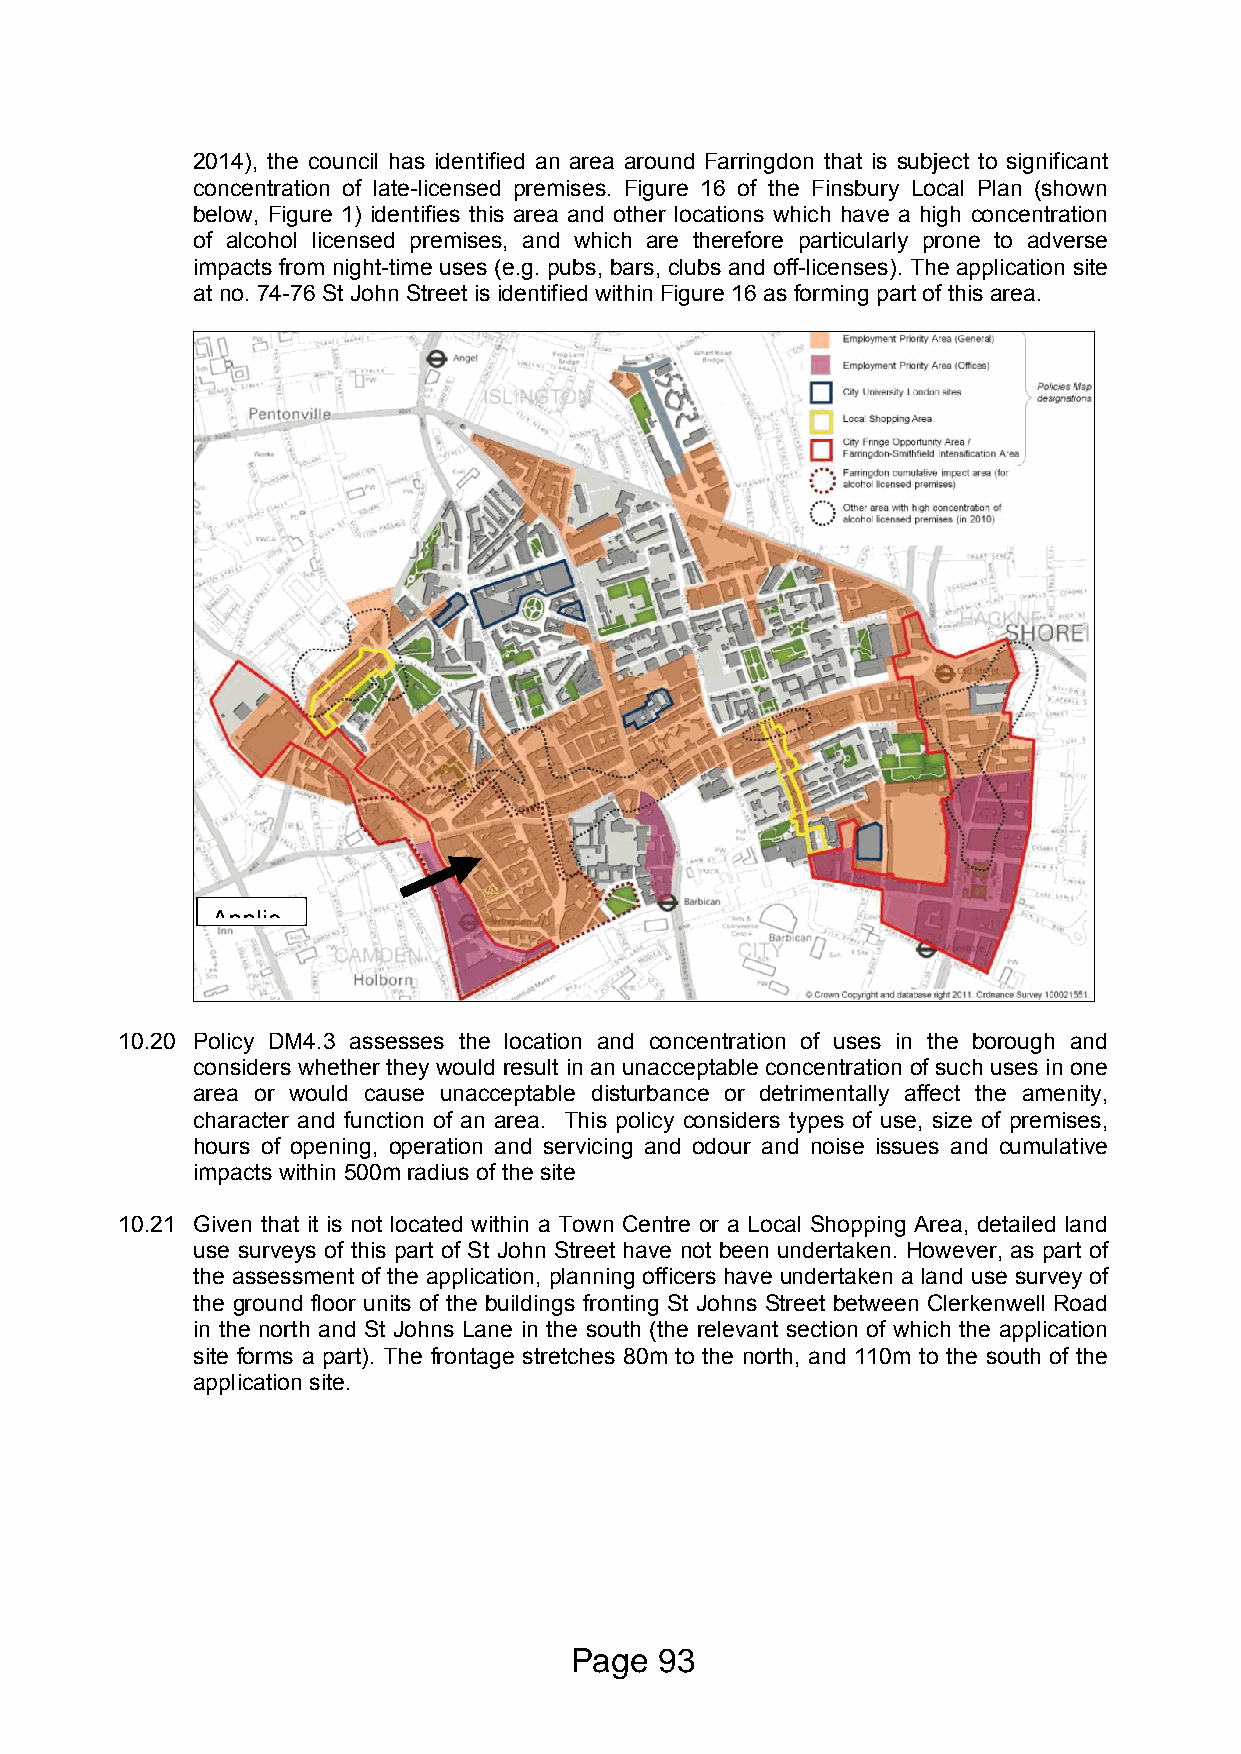
2014), the council has identified an area around Farringdon that is subject to significant
 concentration of late-licensed premises. Figure 16 of the Finsbury Local Plan (shown
 below, Figure 1) identifies this area and other locations which have a high concentration
 of alcohol licensed premises, and which are therefore particularly prone to adverse
 impacts from night-time uses (e.g. pubs, bars, clubs and off-licenses). The application site
 at no. 74-76 St John Street is identified within Figure 16 as forming part of this area.
 Applic
 ation
 site
 10.20 Policy DM4.3 assesses the location and concentration of uses in the borough and
 considers whether they would result in an unacceptable concentration of such uses in one
 area or would cause unacceptable disturbance or detrimentally affect the amenity,
 character and function of an area. This policy considers types of use, size of premises,
 hours of opening, operation and servicing and odour and noise issues and cumulative
 impacts within 500m radius of the site
 10.21 Given that it is not located within a Town Centre or a Local Shopping Area, detailed land
 use surveys of this part of St John Street have not been undertaken. However, as part of
 the assessment of the application, planning officers have undertaken a land use survey of
 the ground floor units of the buildings fronting St Johns Street between Clerkenwell Road
 in the north and St Johns Lane in the south (the relevant section of which the application
 site forms a part). The frontage stretches 80m to the north, and 110m to the south of the
 application site.
 Page  93